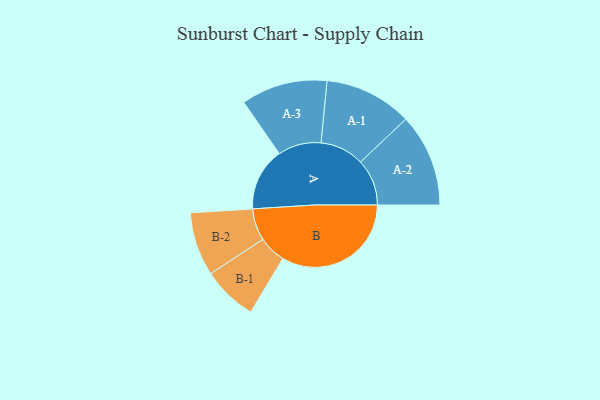
{"axis": {"x": "Segment", "y": "Value"}, "legend": ["", "A", "B"], "data": [{"x": "A", "y": 229, "type": ""}, {"x": "B", "y": 471, "type": ""}, {"x": "A-1", "y": 160, "type": "A"}, {"x": "A-2", "y": 169, "type": "A"}, {"x": "A-3", "y": 157, "type": "A"}, {"x": "B-1", "y": 100, "type": "B"}, {"x": "B-2", "y": 116, "type": "B"}]}